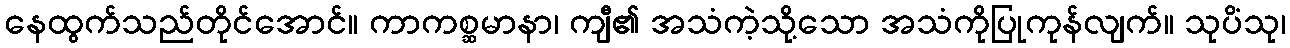
နေထွက်သည်တိုင်အောင်။ ကာကစ္ဆမာနာ၊ ကျီ၏ အသံကဲ့သို့သော အသံကိုပြုကုန်လျက်။ သုပိံသု၊